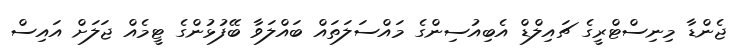
ޖެންޑާ މިނިސްޓްރީގެ ޗައިލްޑް އެބިއުސިންގެ މައްސަލަތައް ބައްލަވާ ބޭފުޅުންގެ ޓީމެއް ޖަލަށް އައިސް